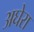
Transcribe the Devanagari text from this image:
अघेरा